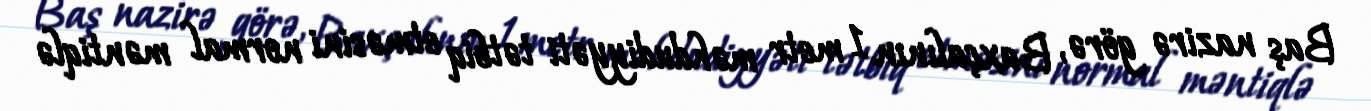
Baş nazirə görə, Baxçalının 1 metr məhdudiyyəti tətbiq etməsini normal məntiqlə